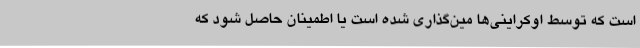
است که توسط اوکراینی‌ها مین‌گذاری شده است یا اطمینان حاصل شود که